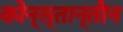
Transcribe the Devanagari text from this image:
कोन्स्तान्तीन